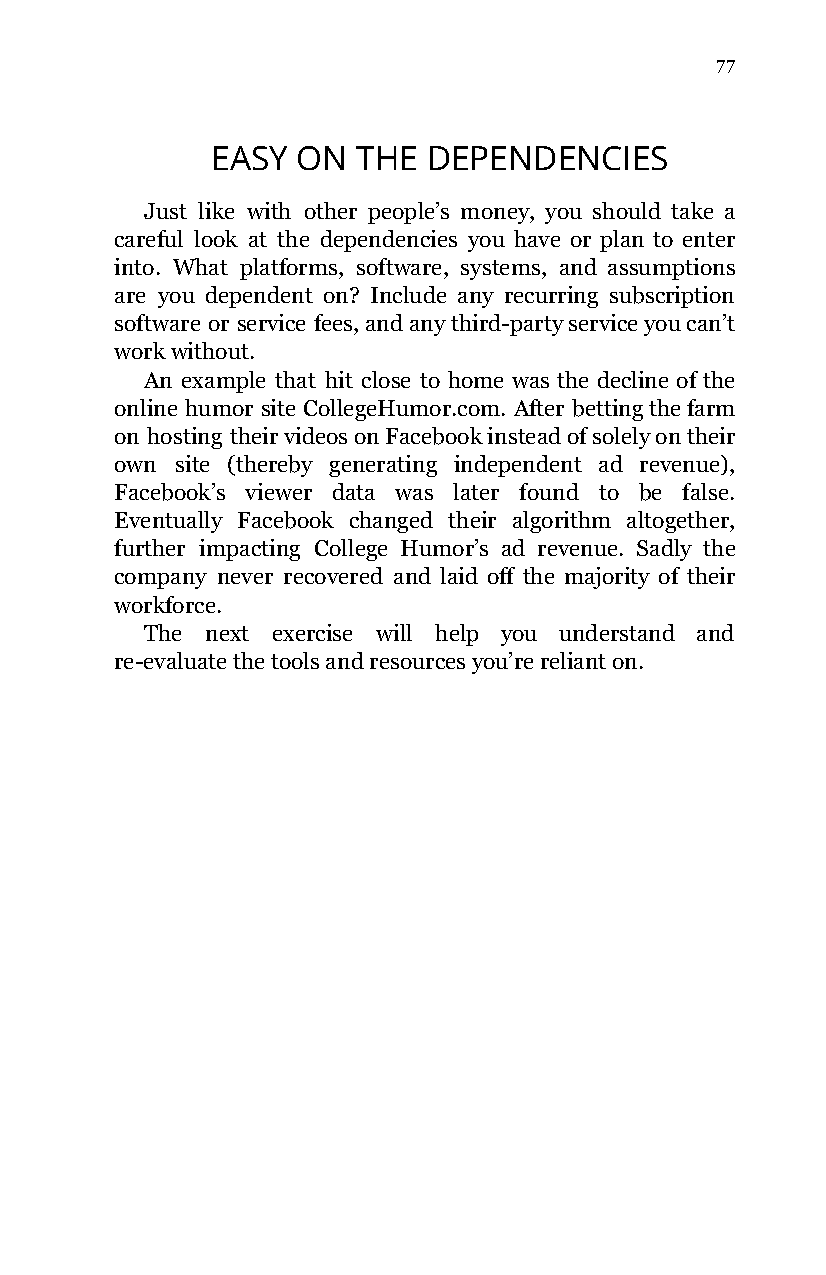
77
 EASY  ON  THE DEPENDENCIES
 Just like with other people’s money, you should take a
 careful look at the dependencies you have or plan to enter
 into. What platforms, software, systems, and assumptions
 are you dependent on? Include any recurring subscription
 software or service fees, and any third-party service you can’t
 work without.
 An example that hit close to home was the decline of the
 online humor site CollegeHumor.com. After betting the farm
 on hosting their videos on Facebook instead of solely on their
 own site (thereby generating independent ad revenue),
 Facebook’s viewer data was later found to be false.
 Eventually Facebook changed their algorithm altogether,
 further impacting College Humor’s ad revenue. Sadly the
 company never recovered and laid off the majority of their
 workforce.
 The next exercise will help you understand and
 re-evaluate the tools and resources you’re reliant on.